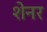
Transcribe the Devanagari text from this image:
शेनर